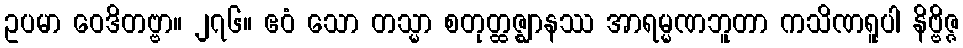
ဥပမာ ဝေဒိတဗ္ဗာ။ ၂၇၆။ ဧဝံ သော တသ္မာ စတုတ္ထဇ္ဈာနဿ အာရမ္မဏဘူတာ ကသိဏရူပါ နိဗ္ဗိဇ္ဇ